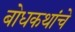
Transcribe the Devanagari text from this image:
बोधकथांचे